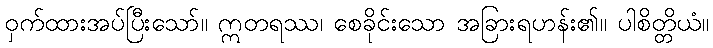
ဝှက်ထားအပ်ပြီးသော်။ ဣတရဿ၊ စေခိုင်းသော အခြားရဟန်း၏။ ပါစိတ္တိယံ။